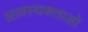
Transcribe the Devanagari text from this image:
आवस्यकताओं